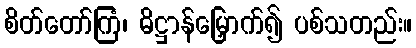
စိတ်တော်ကြံ၊ ဓိဋ္ဌာန်မြှောက်၍ ပစ်သတည်း။